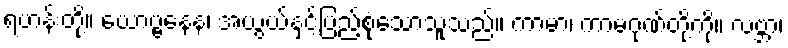
ရဟန်းတို့။ ယောဗ္ဗနေန၊ အယွယ်နှင့်ပြည့်စုံသောသူသည်။ ကာမာ၊ ကာမဂုဏ်တို့ကို။ လဗ္ဘာ၊